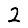
Digit: 2